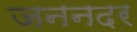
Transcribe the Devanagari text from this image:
जननदर